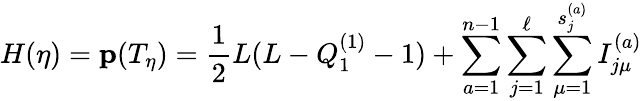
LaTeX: H(\eta)={\mathbf p}(T_{\eta})={\frac{1}{2}}L(L-Q_{1}^{(1)}-1)+\sum_{a=1}^{n-1}\sum_{j=1}^{\ell}\sum_{\mu=1}^{s_{j}^{(a)}}I_{j\mu}^{(a)}